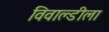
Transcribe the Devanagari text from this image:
विवाल्डीला